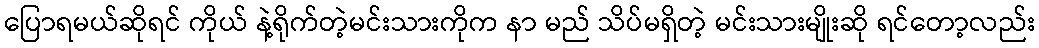
ပြောရမယ်ဆိုရင် ကိုယ် နဲ့ရိုက်တဲ့မင်းသားကိုက နာ မည် သိပ်မရှိတဲ့ မင်းသားမျိုးဆို ရင်တော့လည်း